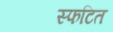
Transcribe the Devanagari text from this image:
स्फटित